画像に写った文字を読んでください
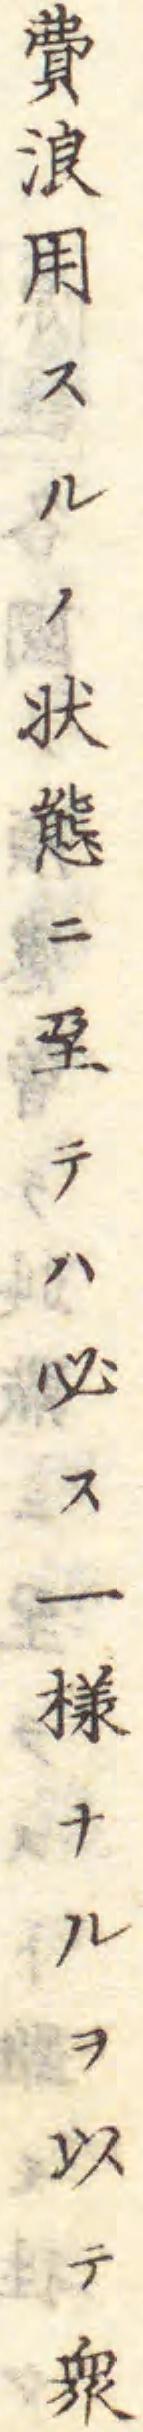
「費浪用スルノ状態ニ至テハ必ス一様ナルヲ以テ衆」と書いてあります